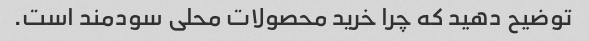
توضیح دهید که چرا خرید محصولات محلی سودمند است.